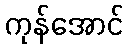
ကုန်အောင်